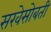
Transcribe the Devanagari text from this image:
सखेसोबती